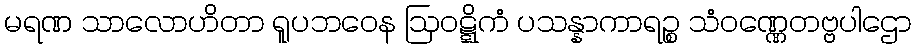
မရဏ သာလောဟိတာ ရူပဘဝေန ဩဝဋ္ဋိကံ ပသန္နာကာရဉ္စ သံဝဏ္ဏေတဗ္ဗပါဌော